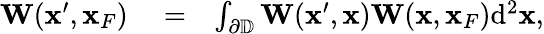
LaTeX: \begin{array}{rlr}{{\mathbf W}({\mathbf x}^{\prime},{\mathbf x}_{F})}&{{}=}&{\int_{{{\partial\mathbb{D}}}}{\mathbf W}({\mathbf x}^{\prime},{\mathbf x}){\mathbf W}({\mathbf x},{\mathbf x}_{F})\mathrm{d}^{2}{\mathbf x},}\end{array}